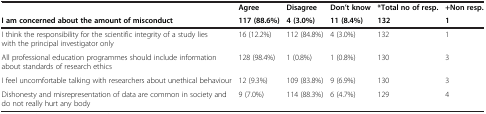
<table><thead><tr><td><b> </b></td><td><b>Agree</b></td><td><b>Disagree</b></td><td><b>Don’t know</b></td><td><b>*Total no of resp.</b></td><td><b>+Non resp.</b></td></tr><tr><td><b>I am concerned about the amount of misconduct</b></td><td><b>117 (88.6%)</b></td><td><b>4 (3.0%)</b></td><td><b>11 (8.4%)</b></td><td><b>132</b></td><td><b>1</b></td></tr></thead><tbody><tr><td>I think the responsibility for the scientific integrity of a study lies with the principal investigator only</td><td>16 (12.2%)</td><td>112 (84.8%)</td><td>4 (3.0%)</td><td>132</td><td>1</td></tr><tr><td>All professional education programmes should include information about standards of research ethics</td><td>128 (98.4%)</td><td>1 (0.8%)</td><td>1 (0.8%)</td><td>130</td><td>3</td></tr><tr><td>I feel uncomfortable talking with researchers about unethical behaviour</td><td>12 (9.3%)</td><td>109 (83.8%)</td><td>9 (6.9%)</td><td>130</td><td>3</td></tr><tr><td>Dishonesty and misrepresentation of data are common in society and do not really hurt any body</td><td>9 (7.0%)</td><td>114 (88.3%)</td><td>6 (4.7%)</td><td>129</td><td>4</td></tr></tbody></table>